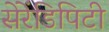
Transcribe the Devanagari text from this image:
सेरेंडिपिटी